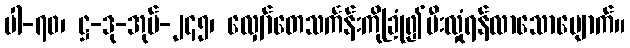
ပါ-၇၀၊ ဋ္ဌ-ဒု-အုပ်-၂၄၅၊ လျှော်တေသင်္ကန်းကိုခြုံ၍မီးလှုံရန်လာသောမျောက်။